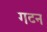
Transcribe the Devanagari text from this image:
गटन